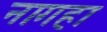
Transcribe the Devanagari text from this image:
नागहा